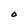
Character: O